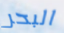
البحر